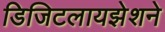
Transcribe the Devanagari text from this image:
डिजिटलायझेशने